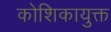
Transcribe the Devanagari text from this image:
कोशिकायुक्त